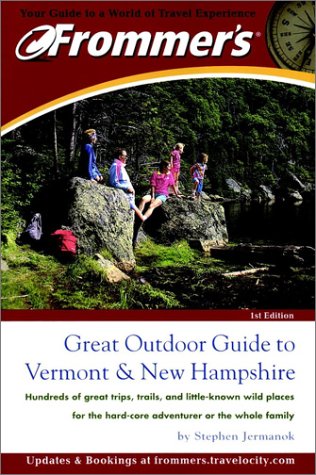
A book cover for Frommer's Great Outdoor Guide to Vermont & New Hampshire; Stephen Jermanok; Travel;